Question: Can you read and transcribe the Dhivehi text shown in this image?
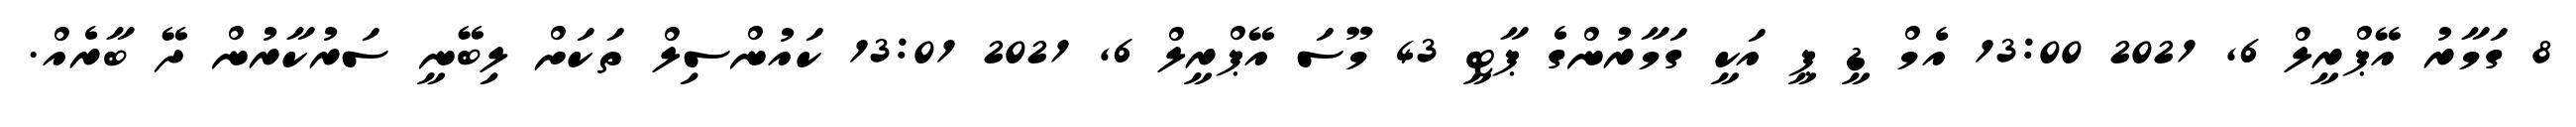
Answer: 8 ގަމާރު އޭޕްރީލް 6, 2021 13:00 އެމް ޑީ ޕީ އަކީ ގަމާރުންގެ ޕާޓީ 43 މޫސަ އޭޕްރީލް 6, 2021 13:01 ކައުންސިލް ތަކަށް ލިބޭނީ ސަރުކާރުން ދޭ ބާރެއް.